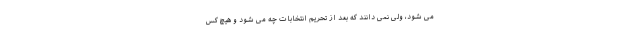
می شود، ولی نمی دانند که بعد از تحریم انتخابات چه می شود و هیچ کس